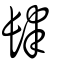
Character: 肆